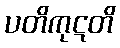
ပတိကုဋတိ